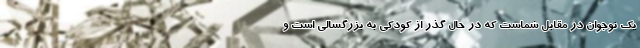
یک نوجوان در مقابل شماست که در حال گذر از کودکی به بزرگسالی است و